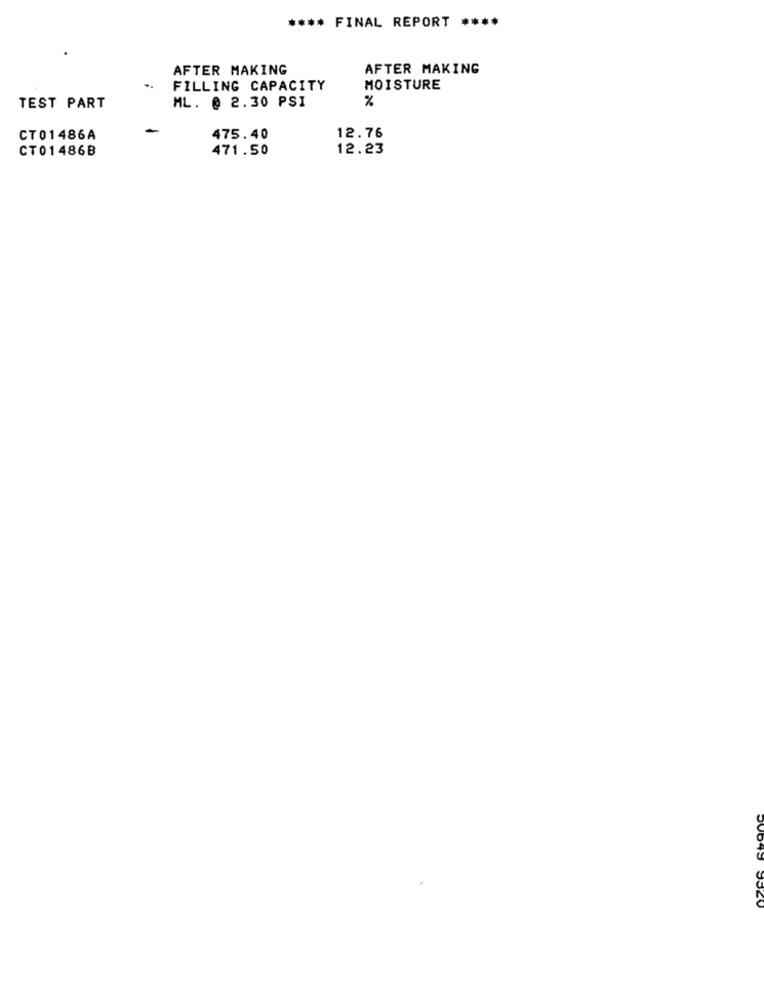
**** FINAL REPORT ****
AFTER MAKING
AFTER MAKING
FILLING CAPACITY
MOISTURE
TEST PART
ML. @ 2.30 PSI
%
CT01486A
475.40
12.76
CT01486B
471.50
12.23